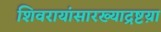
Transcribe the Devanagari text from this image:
शिवरायांसारख्याद्रष्टय़ा